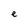
Character: e